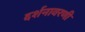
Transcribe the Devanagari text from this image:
दर्शनावरणी